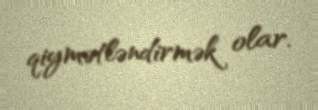
qiymətləndirmək olar.